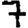
Digit: 7